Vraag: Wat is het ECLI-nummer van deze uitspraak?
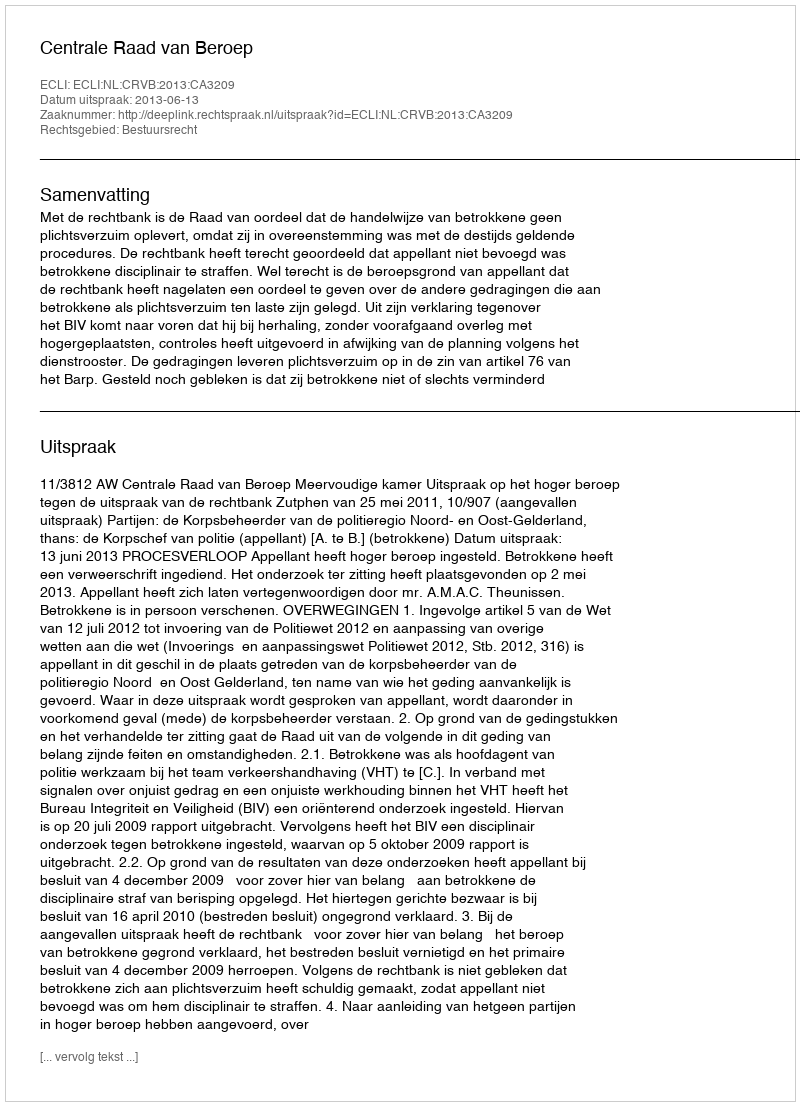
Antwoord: ECLI:NL:CRVB:2013:CA3209